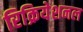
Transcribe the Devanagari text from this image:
रिक्रियेशनल